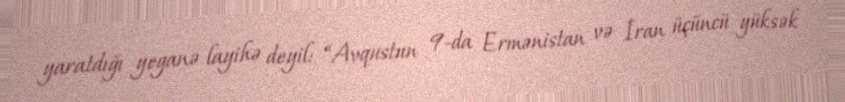
yaratdığı yeganə layihə deyil: “Avqustun 9-da Ermənistan və İran üçüncü yüksək